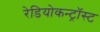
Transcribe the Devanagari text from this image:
रेडियोकन्ट्रॉस्ट